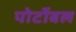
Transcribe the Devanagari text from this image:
पोर्टोबल